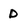
Character: D